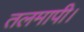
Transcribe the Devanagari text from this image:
तलमापी।